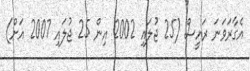
އެގާރަވަނަ ރައީސް (25 ޖުލައި 2002 އިން 25 ޖުލައި 2007 އަށް)